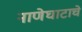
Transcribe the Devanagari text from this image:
नाणेघाटाचे